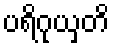
ပရိဂုယှတိ